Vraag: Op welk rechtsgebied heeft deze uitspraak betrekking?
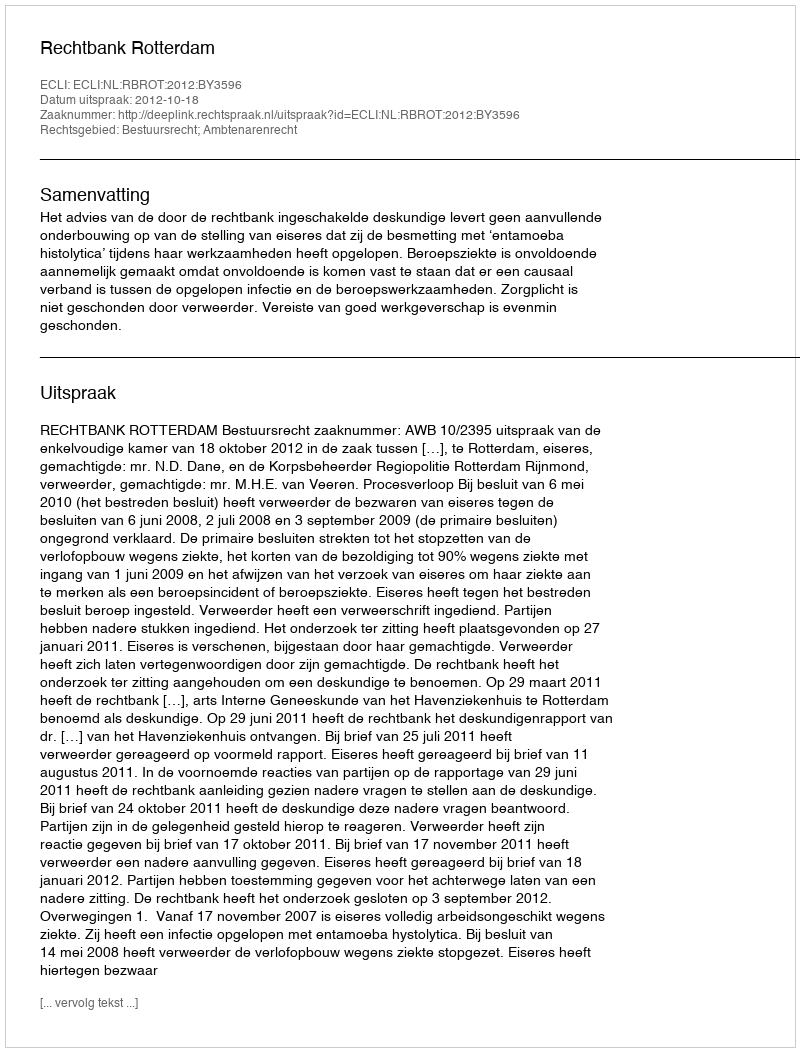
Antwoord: Bestuursrecht; Ambtenarenrecht